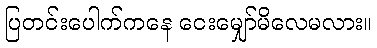
ပြတင်းပေါက်ကနေ ငေးမျှော်မိလေမလား။